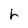
Character: h